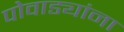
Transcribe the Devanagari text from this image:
पोवाड्यांना